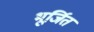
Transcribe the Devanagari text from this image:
भूर्जित